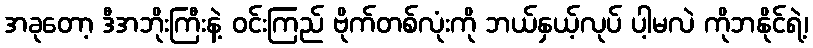
အခုတော့ ဒီအဘိုးကြီးနဲ့ ဝင်းကြည် ဗိုက်တစ်လုံးကို ဘယ်နှယ့်လုပ် ပါ့မလဲ ကိုဘနိုင်ရဲ့၊